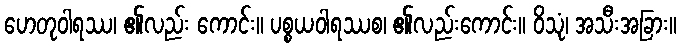
ဟေတုဝါရဿ၊ ၏လည်း ကောင်း။ ပစ္စယဝါရဿစ၊ ၏လည်းကောင်း။ ဝိသုံ၊ အသီးအခြား။